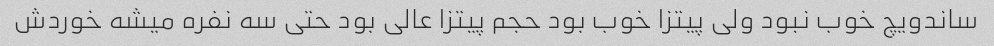
ساندویچ خوب نبود ولی پیتزا خوب بود حجم پیتزا عالی بود حتی سه نفره میشه خوردش